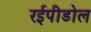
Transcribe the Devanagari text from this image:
रईपीडोल